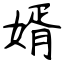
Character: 婿